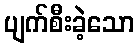
ပျက်စီးခဲ့သော